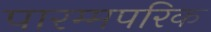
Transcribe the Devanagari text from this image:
पारम्मपरिक